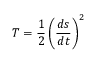
T = { \frac { 1 } { 2 } } \left( { \frac { d s } { d t } } \right) ^ { 2 }